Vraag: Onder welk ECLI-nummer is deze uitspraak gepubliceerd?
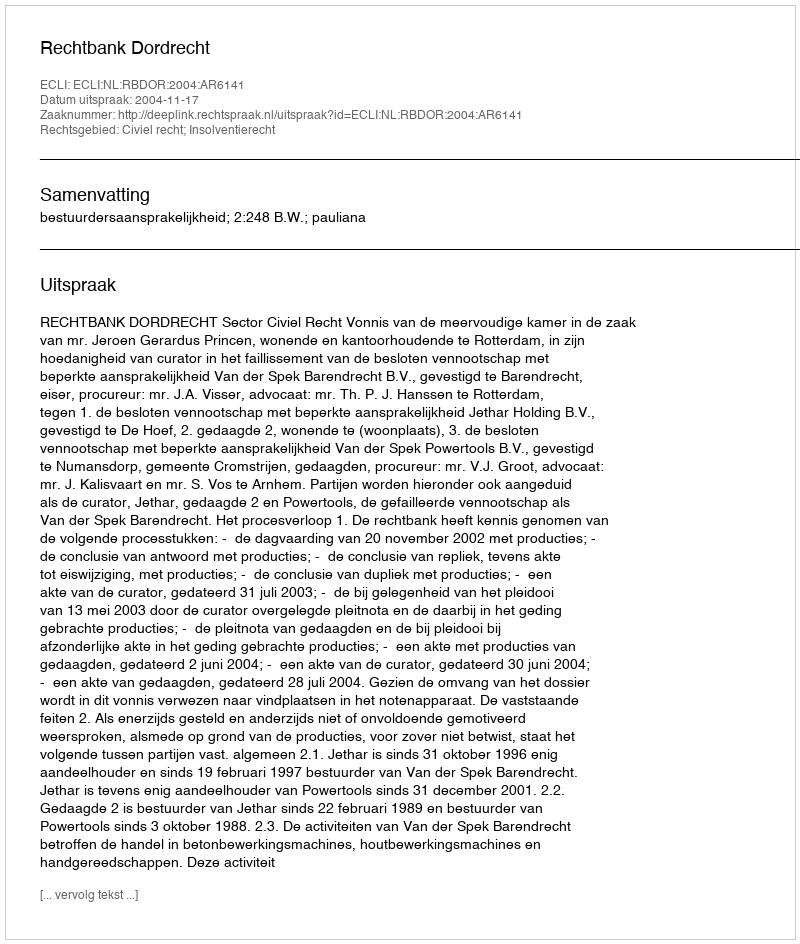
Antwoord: ECLI:NL:RBDOR:2004:AR6141